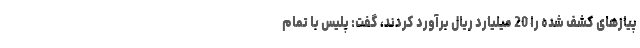
پیازهای کشف شده را 20 میلیارد ریال برآورد کردند، گفت: پلیس با تمام